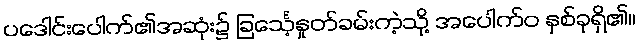
ပဒေါင်းပေါက်၏အဆုံး၌ ခြင်္သေ့နှုတ်ခမ်းကဲ့သို့ အပေါက်ဝ နှစ်ခုရှိ၏။